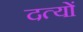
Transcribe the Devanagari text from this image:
दत्यों